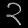
Digit: ၃